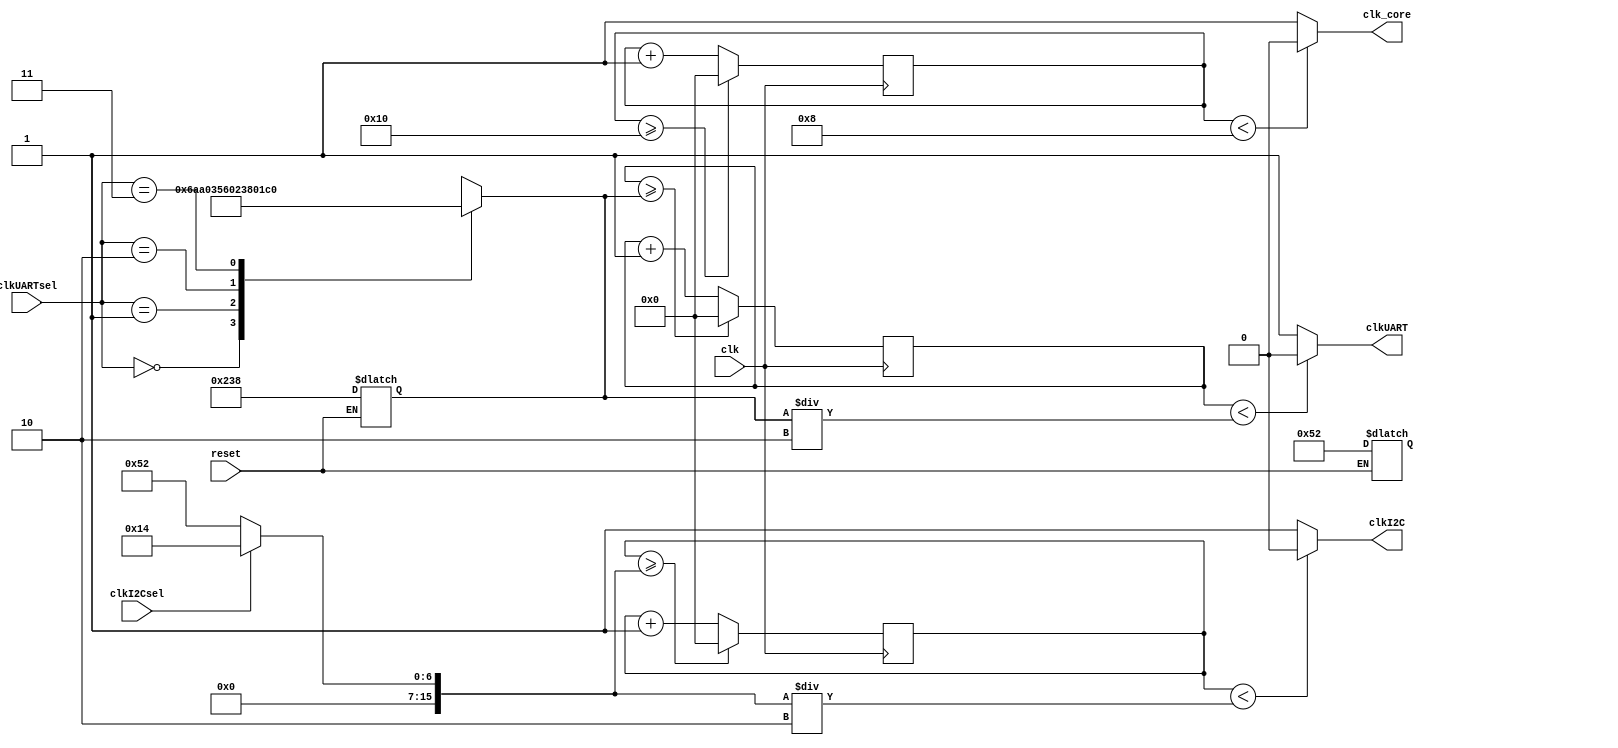
module CLK_DIVIDER (clk, reset, clkI2Csel, clkUARTsel, clk_core, clkI2C, clkUART);

input clk, reset, clkI2Csel;
input [1:0] clkUARTsel;
output clk_core, clkI2C, clkUART;

reg[15:0] cont_core=16'd0;
reg[15:0] cont_I2C=16'd0;
reg[15:0] cont_UART=16'd0;
parameter DIV_CORE = 16'd16;
reg[15:0] div_I2C = 16'd82;
reg[15:0] div_UART = 16'd568;

always @(posedge clk) begin
 cont_core <= cont_core + 16'd1;
 if(cont_core >= DIV_CORE)
  cont_core <= 16'd0;

 cont_I2C <= cont_I2C + 16'd1;
 if(cont_I2C >= div_I2C)
  cont_I2C <= 16'd0;
 
 cont_UART <= cont_UART + 16'd1;
 if(cont_UART >= div_UART)
  cont_UART <= 16'd0;
end

always @(clkI2Csel) begin
 div_I2C = (clkI2Csel == 0)?(16'd82):(16'd20);
end

always @(clkUARTsel) begin
 case (clkUARTsel)
    2'b00 : div_UART <= (16'd1706);
    2'b01 : div_UART <= (16'd854);
    2'b10 : div_UART <= (16'd568);
    2'b11 : div_UART <= (16'd426);
    default : div_UART <= (16'd568); 
  endcase
end

always @(reset) begin
 if(reset == 1)
  div_UART = (16'd568);
 if(reset == 1)
   div_I2C = (16'd82);
end

assign clk_core = (cont_core < (DIV_CORE/2) )?1'b0:1'b1;
assign clkI2C = (cont_I2C < (div_I2C/2) )?1'b0:1'b1;
assign clkUART = (cont_UART < (div_UART/2) )?1'b0:1'b1;

endmodule